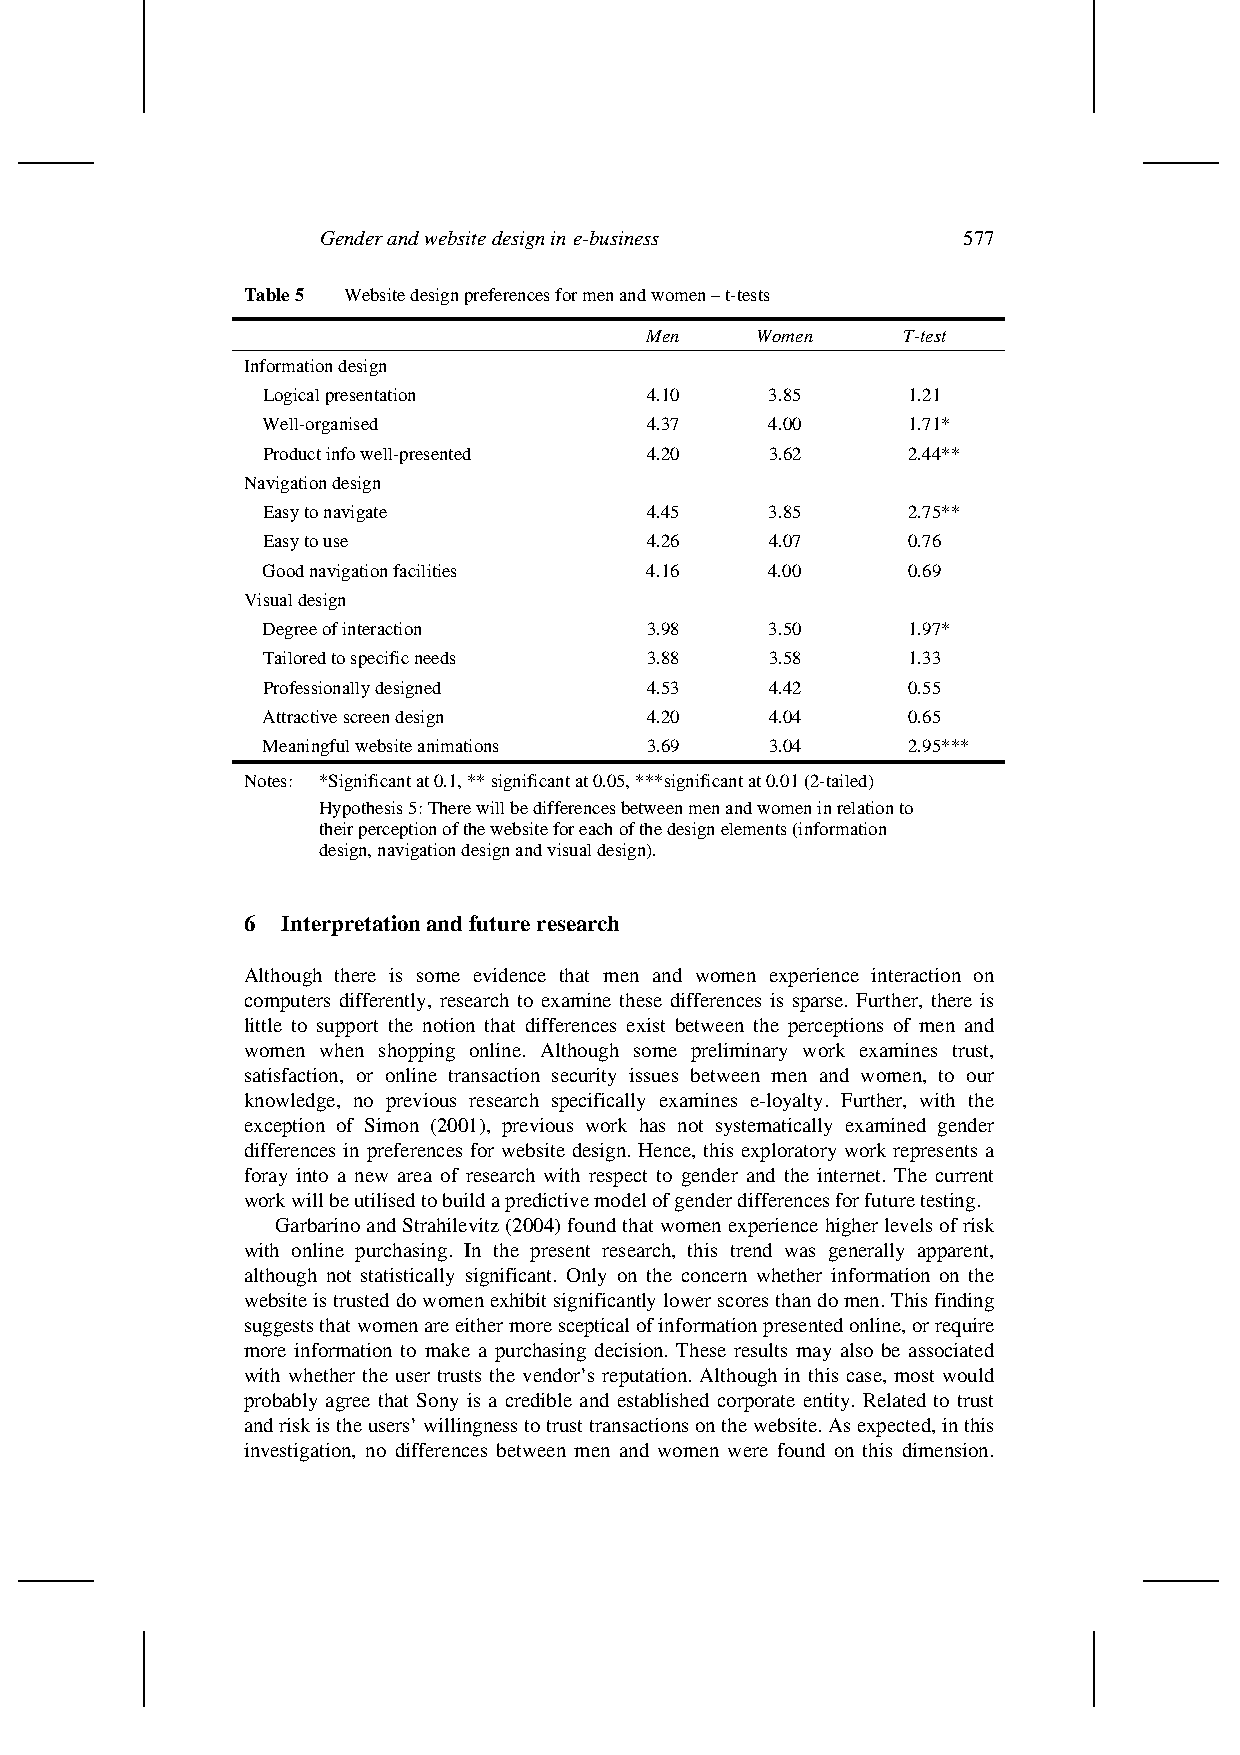
Gender and website design in e-business    577
 Table 5 Website design preferences for men and women – t-tests
 Men    Women     T-test
 Information design
 Logical presentation      4.10    3.85     1.21
 Well-organised            4.37    4.00     1.71*
 Product info well-presented 4.20  3.62     2.44**
 Navigation design
 Easy to navigate          4.45    3.85     2.75**
 Easy to use               4.26    4.07     0.76
 Good navigation facilities 4.16   4.00     0.69
 Visual design
 Degree of interaction     3.98    3.50     1.97*
 Tailored to specific needs 3.88   3.58     1.33
 Professionally designed   4.53    4.42     0.55
 Attractive screen design  4.20    4.04     0.65
 Meaningful website animations 3.69 3.04    2.95***
 Notes: *Significant at 0.1, ** significant at 0.05, ***significant at 0.01 (2-tailed)
 Hypothesis 5: There will be differences between men and women in relation to
 their perception of the website for each of the design elements (information
 design, navigation design and visual design).
 6  Interpretation and future research
 Although there is some evidence that men and women experience interaction on
 computers differently, research to examine these differences is sparse. Further, there is
 little to support the notion that differences exist between the perceptions of men and
 women when shopping online. Although some preliminary work examines trust,
 satisfaction, or online transaction security issues between men and women, to our
 knowledge, no previous research specifically examines e-loyalty. Further, with the
 exception of Simon (2001), previous work has not systematically examined gender
 differences in preferences for website design. Hence, this exploratory work represents a
 foray into a new area of research with respect to gender and the internet. The current
 work will be utilised to build a predictive model of gender differences for future testing.
 Garbarino and Strahilevitz (2004) found that women experience higher levels of risk
 with online purchasing. In the present research, this trend was generally apparent,
 although not statistically significant. Only on the concern whether information on the
 website is trusted do women exhibit significantly lower scores than do men. This finding
 suggests that women are either more sceptical of information presented online, or require
 more information to make a purchasing decision. These results may also be associated
 with whether the user trusts the vendor’s reputation. Although in this case, most would
 probably agree that Sony is a credible and established corporate entity. Related to trust
 and risk is the users’ willingness to trust transactions on the website. As expected, in this
 investigation, no differences between men and women were found on this dimension.